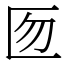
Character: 匢